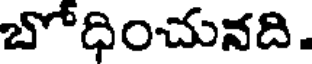
బోధించునది.